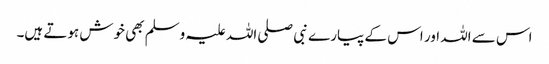
اس سے اللہ اور اس کے پیارے نبی صلی اللہ علیہ وسلم بھی خوش ہوتے ہیں۔